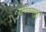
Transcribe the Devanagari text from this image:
श्रीपेरुमबुदुर